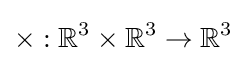
\times :\mathbb {R} ^{3}\times \mathbb {R} ^{3}\rightarrow \mathbb {R} ^{3}